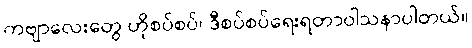
ကဗျာလေးတွေ ဟိုစပ်စပ်၊ ဒီစပ်စပ်ရေးရတာဝါသနာပါတယ်။